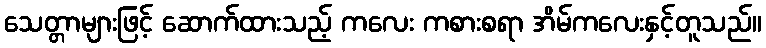
သေတ္တာများဖြင့် ဆောက်ထားသည့် ကလေး ကစားစရာ အိမ်ကလေးနှင့်တူသည်။